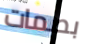
بصمات